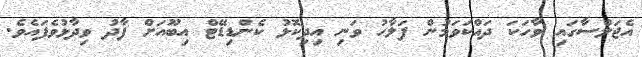
އެޖަލްސާގައި ވާހަކަ ދައްކަވަމުން ފަލާހު ވަނި އިދިކޮޅު ކެންޑިޑޭޓް އިބޫއަށް ފާދު ވިދާޅުވެފައެވެ.